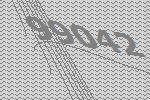
99042